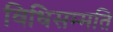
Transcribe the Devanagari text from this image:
विधिसम्मति